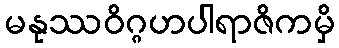
မနုဿဝိဂ္ဂဟပါရာဇိကမှိ